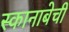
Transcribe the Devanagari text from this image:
स्कानाबेची